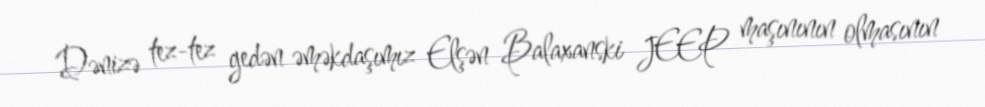
Dənizə tez-tez gedən əməkdaşımız Elşən Balaxanski JEEP maşınının olmasının